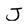
Character: J